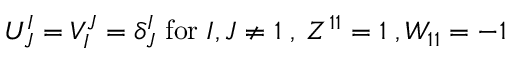
U _ { J } ^ { I } = V _ { I } ^ { J } = { \delta } _ { J } ^ { I } \; \mathrm { f o r } \; I , J \neq 1 \; , \; Z ^ { 1 1 } = 1 \; , W _ { 1 1 } = - 1